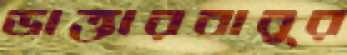
ডাক্তারবাবুর